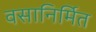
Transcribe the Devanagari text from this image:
वसानिर्मित